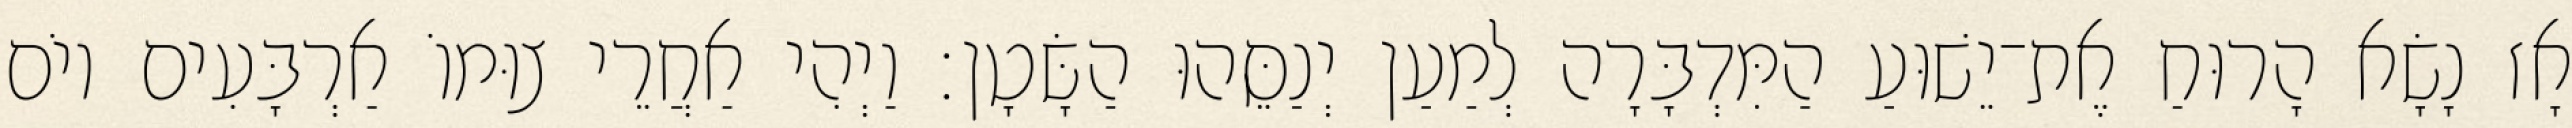
אָז נָשָׂא הָרוּחַ אֶת־יֵשׁוּעַ הַמִּדְבָּרָה לְמַעַן יְנַסֵּהוּ הַשָּׂטָן׃ וַיְהִי אַחֲרֵי צוּמוֹ אַרְבָּעִים יוֹם